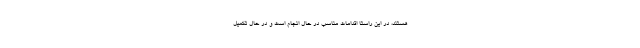
هستند، در این راستا اقدامات مناسب در حال انجام است و در حال تکمیل